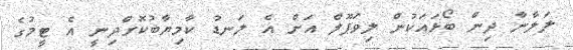
ލަލާނާ ދިން ބޯޅައަކުން ލިވަޕޫލް އަށް އެ ލަނޑު ކާމިޔާބުކޮށްދިނީ އެ ޓީމުގެ